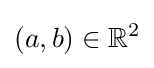
(a,b)\in \mathbb {R} ^{2}